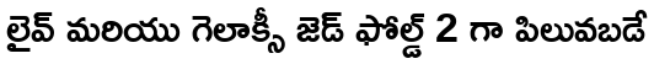
లైవ్ మరియు గెలాక్సీ జెడ్ ఫోల్డ్ 2 గా పిలువబడే